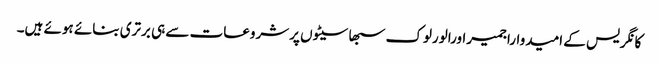
کانگریس کے امیدواراجمیراورالورلوک سبھاسیٹوں پرشروعات سے ہی برتری بنائے ہوئے ہیں۔